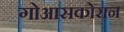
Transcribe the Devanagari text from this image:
गोआसकोरान